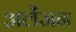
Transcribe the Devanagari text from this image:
अर्लेंजन